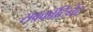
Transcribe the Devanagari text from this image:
सबकॉटिनेंट